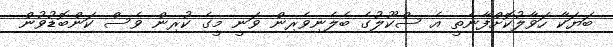
ބަޔަކާ ހަވާލުކޮށްފާނެތީ އެ ސްކޫލުގެ ބެލެނިވެރިން ވަނީ މީގެ ކުރިން ވެސް ކަންބޮޑުވުން